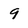
Character: 9